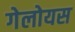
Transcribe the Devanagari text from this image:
गेलोयस